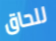
للحاق